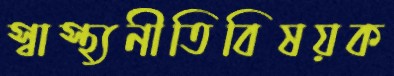
স্বাস্থ্যনীতিবিষয়ক